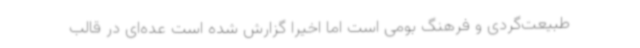
طبیعت‌گردی و فرهنگ بومی است اما اخیراً گزارش شده است عده‌ای در قالب